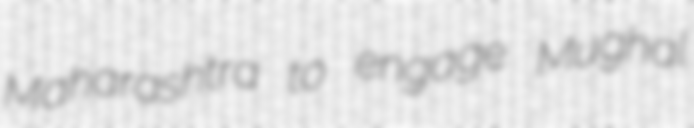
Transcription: Maharashtra to engage Mughal